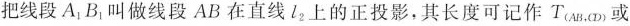
把线段A_{1}B_{1}叫做线段AB在直线l_{2}上的正投影，其长度可记作T_{(AB,CD)}或